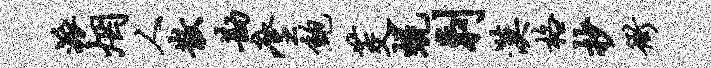
派烟人散勘麈鲍茭蜕剌漠格抄衙